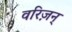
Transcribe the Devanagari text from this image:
वरिज़न्